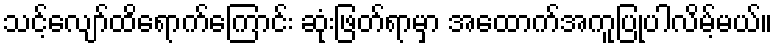
သင့်လျော်ထိရောက်ကြောင်း ဆုံးဖြတ်ရာမှာ အထောက်အကူပြုပါလိမ့်မယ်။